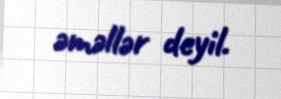
əməllər deyil.